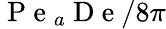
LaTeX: \mathrm{~P~e~}_{a}\mathrm{~D~e~}/8\pi